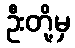
ဦးတို့မှ